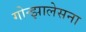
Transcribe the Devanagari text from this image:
गोन्झालेसना